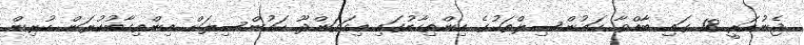
ޖެނުއަރީ 18 ގައި ބާއްވާ ކައުންސިލްތަކުގެ އިންތިހާބުގައި އިހަވަންދޫ ކައުންސިލަށް އިންތިހާބުކުރަން ކުރިން